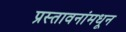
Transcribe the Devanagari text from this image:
प्रस्तावनांमधून